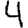
Digit: 4